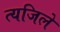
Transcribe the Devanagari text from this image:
त्यजिले